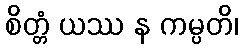
စိတ္တံ ယဿ န ကမ္ပတိ၊